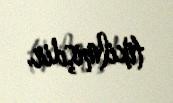
tikilmişdir.